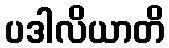
ပဒါလိယာတိ